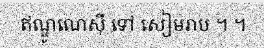
ឥណ្ឌូណេស៊ី ទៅ សៀមរាប ។ ។